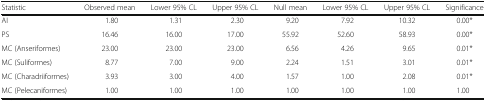
<table><thead><tr><td><b>Statistic</b></td><td><b>Observed mean</b></td><td><b>Lower 95% CL</b></td><td><b>Upper 95% CL</b></td><td><b>Null mean</b></td><td><b>Lower 95% CL</b></td><td><b>Upper 95% CL</b></td><td><b>Significance</b></td></tr></thead><tbody><tr><td>AI</td><td>1.80</td><td>1.31</td><td>2.30</td><td>9.20</td><td>7.92</td><td>10.32</td><td>0.00*</td></tr><tr><td>PS</td><td>16.46</td><td>16.00</td><td>17.00</td><td>55.92</td><td>52.60</td><td>58.93</td><td>0.00*</td></tr><tr><td>MC (Anseriformes)</td><td>23.00</td><td>23.00</td><td>23.00</td><td>6.56</td><td>4.26</td><td>9.65</td><td>0.01*</td></tr><tr><td>MC (Suliformes)</td><td>8.77</td><td>7.00</td><td>9.00</td><td>2.24</td><td>1.51</td><td>3.01</td><td>0.01*</td></tr><tr><td>MC (Charadriiformes)</td><td>3.93</td><td>3.00</td><td>4.00</td><td>1.57</td><td>1.00</td><td>2.08</td><td>0.01*</td></tr><tr><td>MC (Pelecaniformes)</td><td>1.00</td><td>1.00</td><td>1.00</td><td>1.00</td><td>1.00</td><td>1.00</td><td>1.00</td></tr></tbody></table>